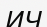
ИЧ